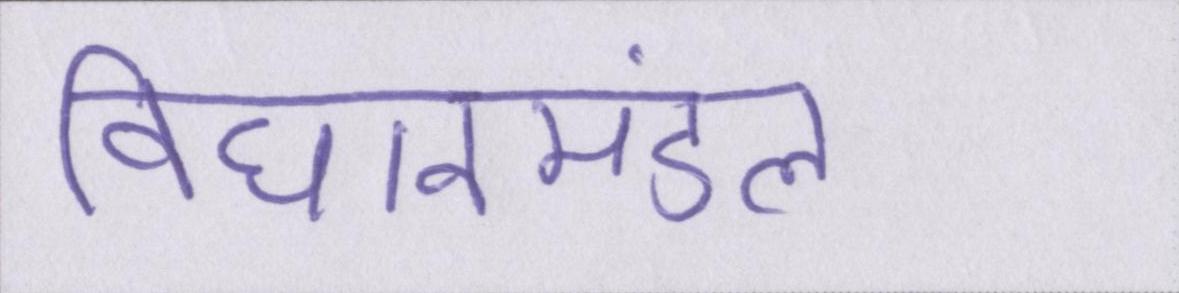
विधानमंडल